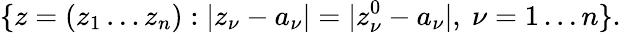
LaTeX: \{ z=(z_{1}\dots z_{n}):|z_{\nu}-a_{\nu}|=|z_{\nu}^{0}-a_{\nu}|,\ \nu=1\dots n\} .